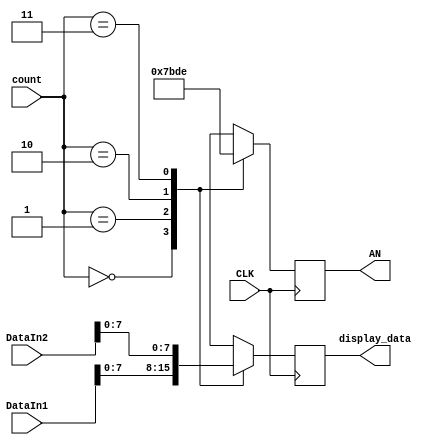
`timescale 1ns / 1ps
//////////////////////////////////////////////////////////////////////////////////
// Company: 
// Engineer: 
// 
// Design Name: 
// Module Name: Display_seg
// Project Name: 
// Target Devices: 
// Tool Versions: 
// Description: 
// 
// Dependencies: 
// 
// Revision:
// Revision 0.01 - File Created
// Additional Comments:
// 
//////////////////////////////////////////////////////////////////////////////////


module Display_seg(
    input CLK,
    input [1:0]count,
    input [31:0]DataIn1,
    input [31:0]DataIn2,
    output reg [3:0]AN,
    output reg [3:0]display_data
    );
    
    wire [7:0]DataOut1, DataOut2;
    
    assign DataOut1 = DataIn1[7:0];
    assign DataOut2 = DataIn2[7:0];
    always @(posedge CLK) begin
        case (count)
            0:begin
                AN <= 4'b0111;
                display_data = DataOut1[7:4];
            end
            1:begin
                AN <= 4'b1011;
                display_data = DataOut1[3:0];
            end
            2:begin
                AN <= 4'b1101;
                display_data = DataOut2[7:4];
            end
            3:begin
                AN <= 4'b1110;
                display_data = DataOut2[3:0];
            end
        endcase
    end
endmodule